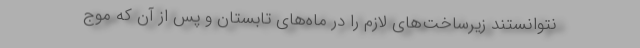
نتوانستند زیرساخت‌های لازم را در ماه‌های تابستان و پس از آن که موج